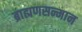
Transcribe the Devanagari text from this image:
ब्राह्मणसन्मान